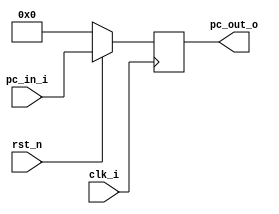
module Program_Counter( clk_i, rst_n, pc_in_i, pc_out_o );

//I/O ports
input           clk_i;
input	        rst_n;
input  [32-1:0] pc_in_i;
output [32-1:0] pc_out_o;
 
//Internal Signals
reg    [32-1:0] pc_out_o;

//Main function
always @(posedge clk_i) begin
    if(~rst_n)
	    pc_out_o <= 0;
	else
	    pc_out_o <= pc_in_i;
	//$display("PC:%b",pc_out_o);
end

endmodule